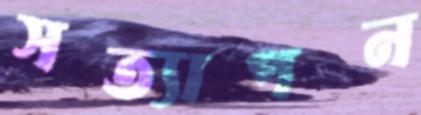
সত্যাপন